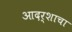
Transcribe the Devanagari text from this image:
आदर्शाचा